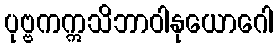
ပုဗ္ဗကဣသိဘာဝါနုယောဂေါ